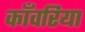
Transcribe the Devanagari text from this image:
काँवरिया